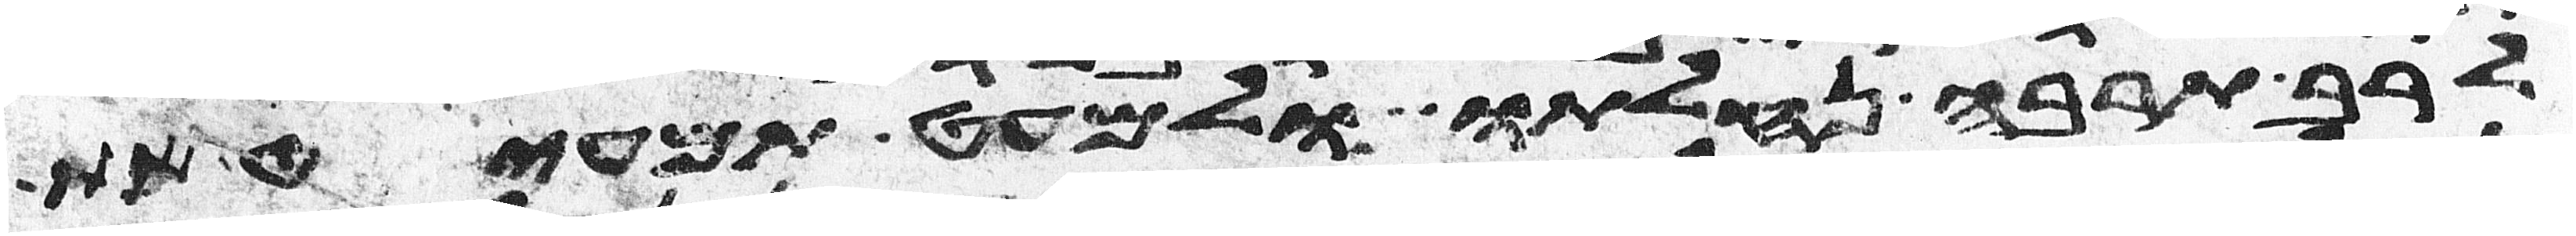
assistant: לרב תרבה נחלתו ולמעט תמעיט